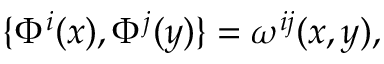
\{ \Phi ^ { i } ( x ) , \Phi ^ { j } ( y ) \} = \omega ^ { i j } ( x , y ) ,